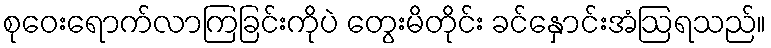
စုဝေးရောက်လာကြခြင်းကိုပဲ တွေးမိတိုင်း ခင်နှောင်းအံဩရသည်။